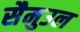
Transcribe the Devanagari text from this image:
सैमुउल